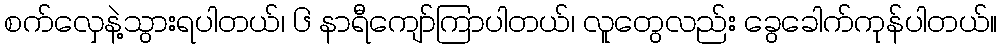
စက်လှေနဲ့သွားရပါတယ်၊ ၆ နာရီကျော်ကြာပါတယ်၊ လူတွေလည်း ခွေခေါက်ကုန်ပါတယ်။